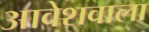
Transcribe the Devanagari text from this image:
आवेशवाला